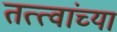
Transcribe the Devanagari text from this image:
तत्‍त्वांच्या